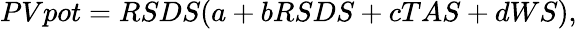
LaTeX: \begin{array}{r}{PVpot=RSDS(a+bRSDS+cTAS+dWS),}\end{array}